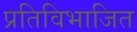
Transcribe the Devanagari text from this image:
प्रतिविभाजित